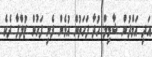
އަދި އަމްދުން ޝާމިލް ހުދާ ފަހަތުން އުޅެން ފެށި ފަހުން ޒުލްފާ ދެކެ